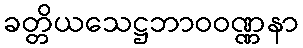
ခတ္တိယသေဋ္ဌဘာဝဝဏ္ဏနာ